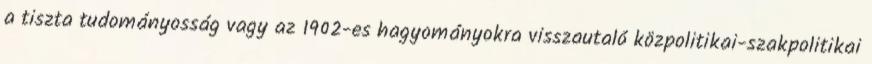
a tiszta tudományosság vagy az 1902-es hagyományokra visszautaló közpolitikai-szakpolitikai